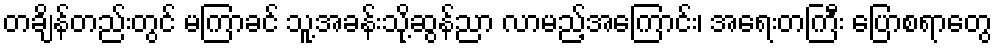
တချိန်တည်းတွင် မကြာခင် သူ့အခန်းသို့ဆွန်ညာ လာမည့်အကြောင်း၊ အရေးတကြီး ပြောစရာတွေ